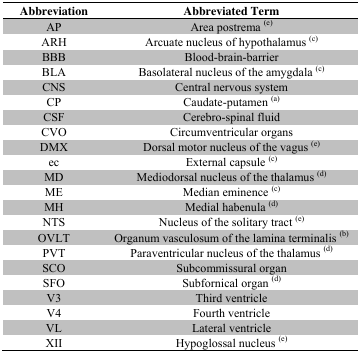
| Abbreviation | Abbreviated Term |
 | --- | --- |
 | AP | Area postrema (e) |
 | ARH | Arcuate nucleus of hypothalamus (c) |
 | BBB | Blood-brain-barrier |
 | BLA | Basolateral nucleus of the amygdala (c) |
 | CNS | Central nervous system |
 | CP | Caudate-putamen (a) |
 | CSF | Cerebro-spinal fluid |
 | CVO | Circumventricular organs |
 | DMX | Dorsal motor nucleus of the vagus (e) |
 | ec | External capsule (c) |
 | MD | Mediodorsal nucleus of the thalamus (d) |
 | ME | Median eminence (c) |
 | MH | Medial habenula (d) |
 | NTS | Nucleus of the solitary tract (e) |
 | OVLT | Organum vasculosum of the lamina terminalis (b) |
 | PVT | Paraventricular nucleus of the thalamus (d) |
 | SCO | Subcommissural organ |
 | SFO | Subfornical organ (d) |
 | V3 | Third ventricle |
 | V4 | Fourth ventricle |
 | VL | Lateral ventricle |
 | XII | Hypoglossal nucleus (e) |